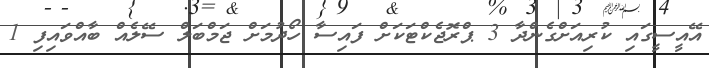
އޭއީސީގައި ކުރިއަށްގެންދާ 3 ޕްރޮޖެކްޓަކަށް ފައިސާ ހޯދުމަށް ޖަމްބަލް ސޭލެއް ބާއްވައިފި 1